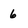
Character: 6